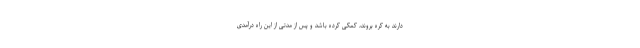
دارند به کره بروند، کمکی کرده باشد و پس از مدتی از این راه درآمدی